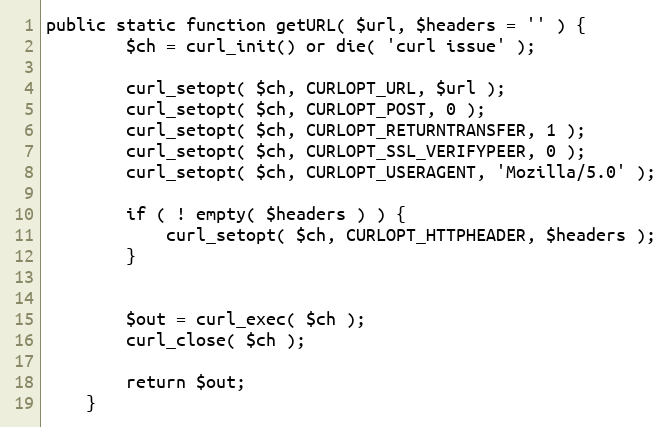
Language: PHP
public static function getURL( $url, $headers = '' ) {
		$ch = curl_init() or die( 'curl issue' );

		curl_setopt( $ch, CURLOPT_URL, $url );
		curl_setopt( $ch, CURLOPT_POST, 0 );
		curl_setopt( $ch, CURLOPT_RETURNTRANSFER, 1 );
		curl_setopt( $ch, CURLOPT_SSL_VERIFYPEER, 0 );
		curl_setopt( $ch, CURLOPT_USERAGENT, 'Mozilla/5.0' );

		if ( ! empty( $headers ) ) {
			curl_setopt( $ch, CURLOPT_HTTPHEADER, $headers );
		}

		$out = curl_exec( $ch );
		curl_close( $ch );

		return $out;
	}